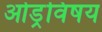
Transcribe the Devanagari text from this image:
ओड्रविषय